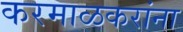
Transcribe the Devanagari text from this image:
करमाळकरांना